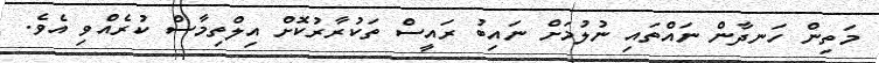
މަތިން ހަނދާން ނައްތައި ނުލުމަށް ނައިބު ރައީސް ތަކުރާރުކޮށް އިލްތިމާސް ކުރެއްވި އެެވެ.